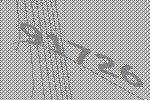
91726